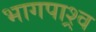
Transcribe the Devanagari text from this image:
भागपाश्र्व